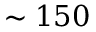
\sim 1 5 0